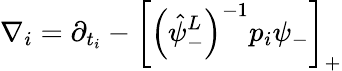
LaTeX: \nabla_{i}=\partial_{t_{i}}-\left[\left(\hat{\psi}_{-}^{L}\right)^{-1}p_{i}\psi_{-}\right]_{+}